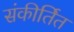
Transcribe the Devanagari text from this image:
संकीर्तित